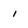
Character: i